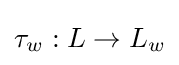
\tau _{w}:L\to L_{w}